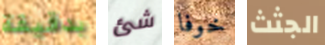
بدقيقة شئ خوفا الجثث